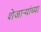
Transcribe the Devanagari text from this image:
शेजाऱ्यांच्या